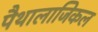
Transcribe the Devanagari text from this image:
पैथालाजिकल